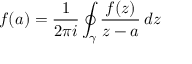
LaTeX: f ( a ) = { \frac { 1 } { 2 \pi i } } \oint _ { \gamma } { \frac { f ( z ) } { z - a } } \, d z